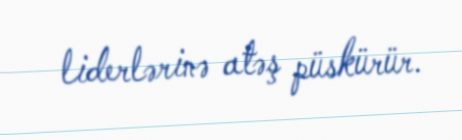
liderlərinə atəş püskürür.